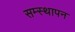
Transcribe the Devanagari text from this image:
सम्स्थापन